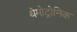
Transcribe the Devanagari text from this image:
थेमोट्रोनिक